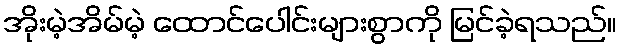
အိုးမဲ့အိမ်မဲ့ ထောင်ပေါင်းများစွာကို မြင်ခဲ့ရသည်။